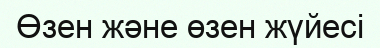
Өзен және өзен жүйесі